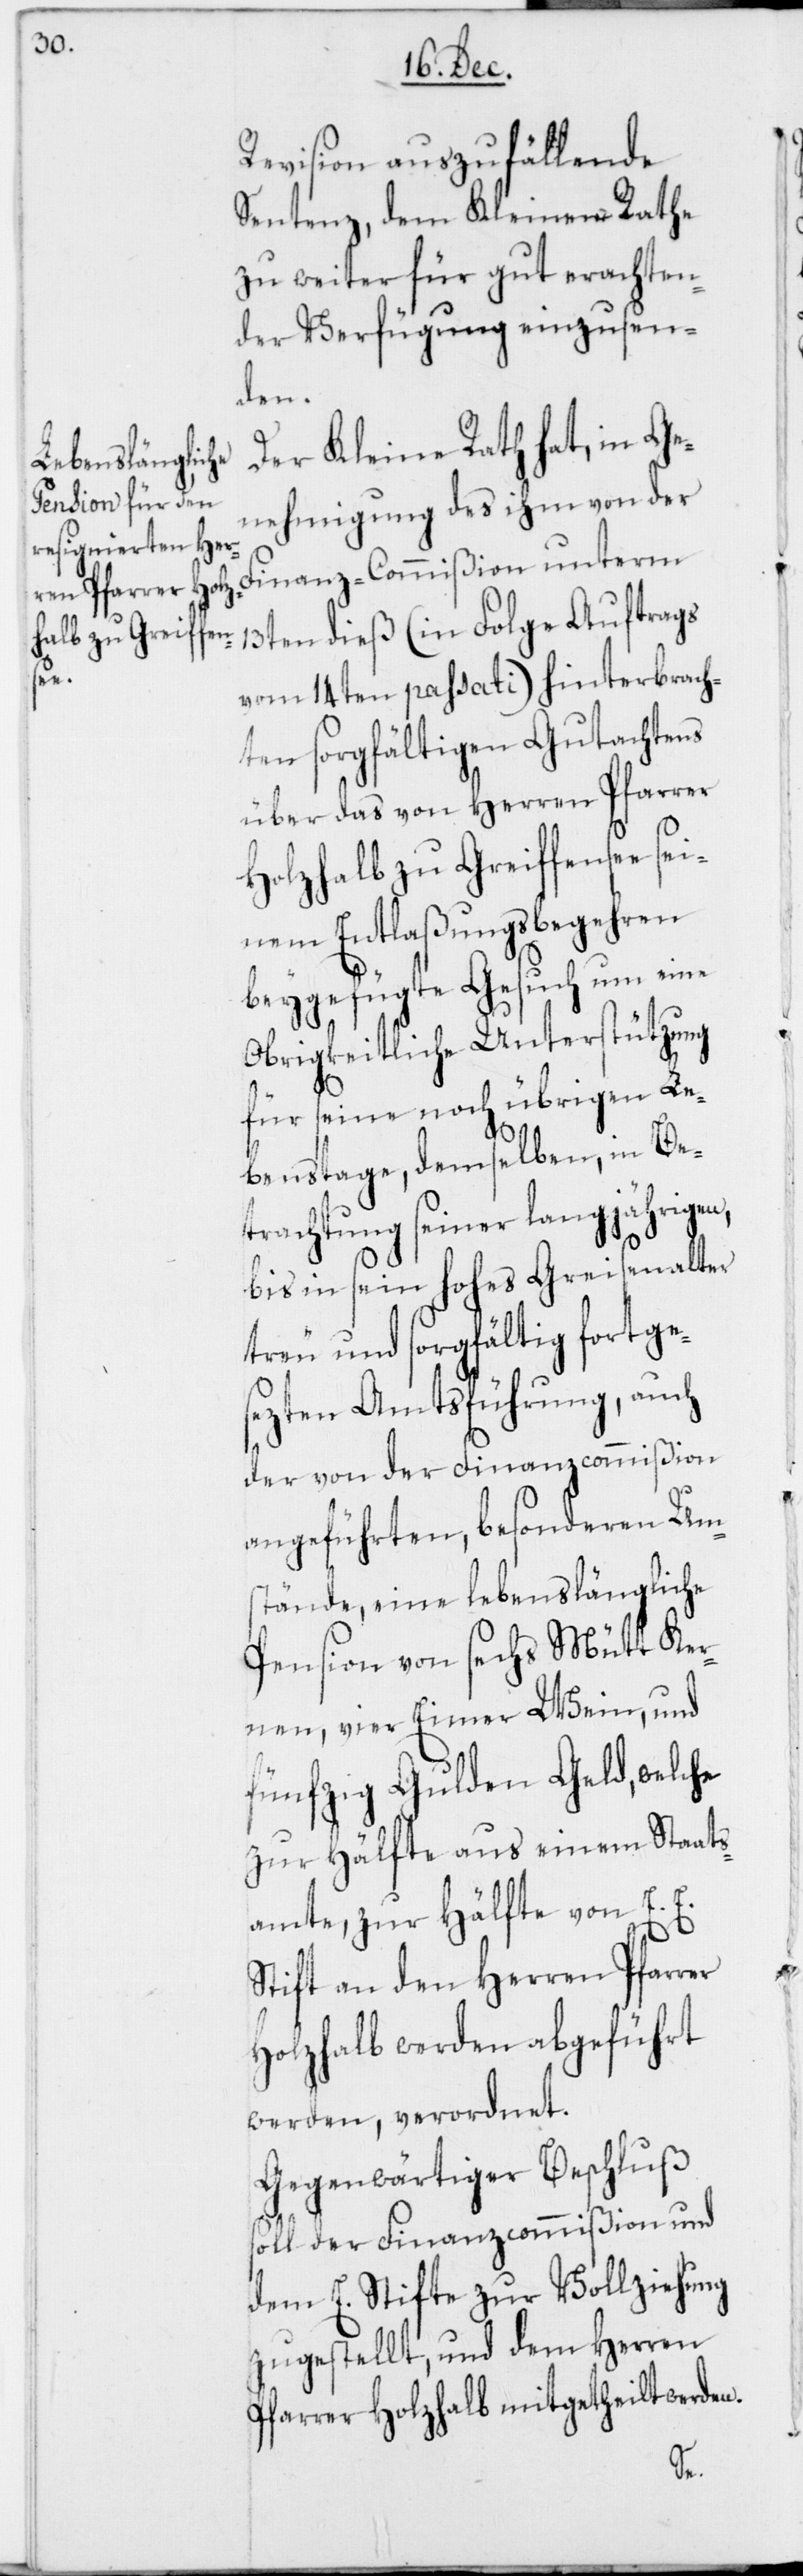
er

Revision auszufällende
Sentenz, dem Kleinen Rathe
zu weiter für gut erachten¬
der Verfügung einzusen¬
den.
Der Kleine Rath hat, in Ge¬
nehmigung des ihm von der
Finanz-Commißion unterm
13ten dieß (in Folge Auftrags
vom 14ten passati) hinterbrach¬
ten sorgfältigen Gutachtens
über das von Herren Pfarrer
Holzhalb zu Greiffensee sei¬
nem Entlaßungsbegehren
beygefügte Gesuch um eine
Obrigkeitliche Unterstützung
für seine noch übrigen Le¬
benstage, demselben, in Be¬
trachtung seiner langjährigen,
bis in seyn hohes Greisenalter
treu und sorgfältig fortges¬
ezten Amtsführung, auch
der von der Finanzcommißion
angeführten, besonderen Um¬
stände, eine lebenslängliche
Pension von sechs Mütt Ker¬
nen, vier Eimer Wein, und
fünfzig Gulden Geld, welche
zur Hälfte aus einem Staats¬
amte, zur Hälfte von E .E.
Stift an den Herren Pfarr¬
Holzhalb werden abgeführt
werden, verordnet.
Gegenwärtiger Beschluß
soll der Finanzcommißion und
dem E. Stifte zur Vollziehung
zugestellt, und dem Herren
Pfarrer Holzhalb mitgetheilt werden.